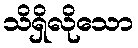
သိရှိလိုသော